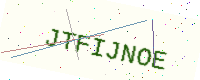
Text: JTFIJNOE